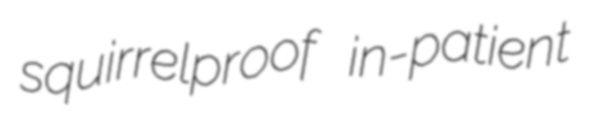
squirrelproof in-patient